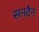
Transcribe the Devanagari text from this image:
सनटैन